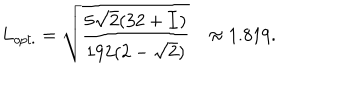
L _ { o p t . } = \sqrt { \frac { 5 \sqrt { 2 } ( 3 2 + { \cal I } ) } { 1 9 2 ( 2 - \sqrt { 2 } ) } } \approx 1 . 8 1 9 .